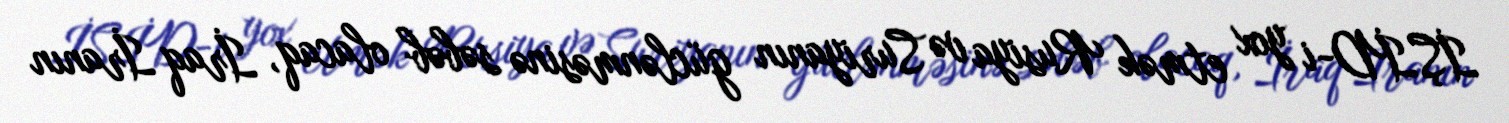
İŞİD-i yox etmək Rusiya və Suriyanın güclənməsinə səbəb olacaq, İraq İranın